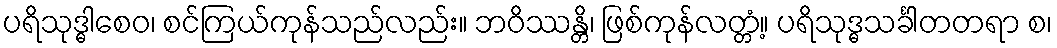
ပရိသုဒ္ဓါစေဝ၊ စင်ကြယ်ကုန်သည်လည်း။ ဘဝိဿန္တိ၊ ဖြစ်ကုန်လတ္တံ့။ ပရိသုဒ္ဓသင်္ခါတတရာ စ၊